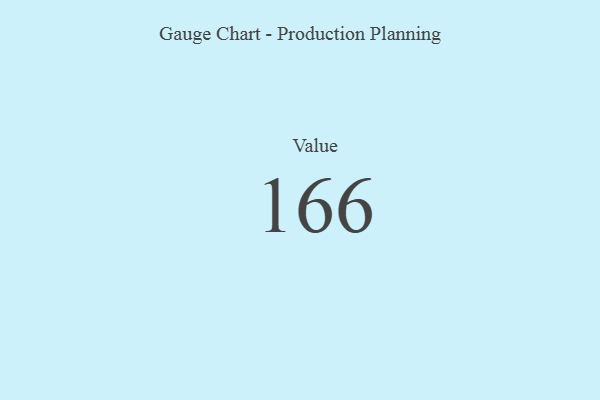
{"axis": {"x": "Metric", "y": "Value"}, "legend": [""], "data": [{"x": "Value", "y": 166, "type": ""}]}